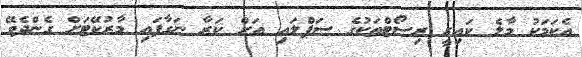
އެކަމަކު މާލެ ކައިރީ ރިސޯޓްތަކުގެ ސަޕްލައި އަށް ކަރާ ނަގާފައި މާރުކޭޓަށް ގެންދެވޭ